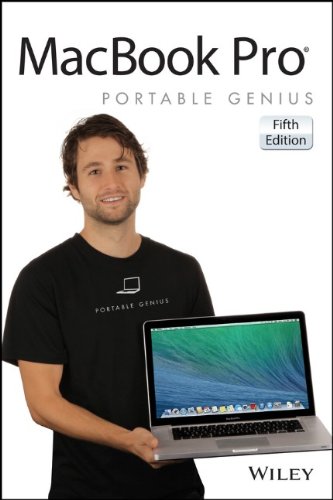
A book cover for MacBook Pro Portable Genius; Galen Gruman; Computers & Technology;